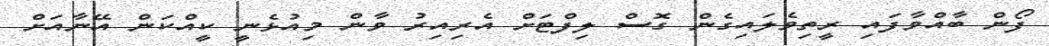
ފޯން ބާއްވާފައި ރީތިވެލައިގެން ގޮސް ލިފްޓަށް އެރިއިރު ވާން މިއުޅެނީ ކީއްކަން އޭނާއަށް